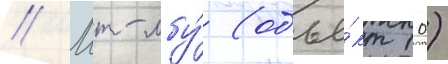
// Мт-лбу́ (объе́кт 10)